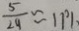
\frac { 5 } { 2 4 } \approx 1 1 \%